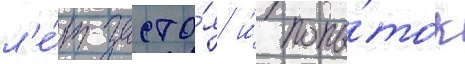
л'е́т засто́я и́ попы́ток